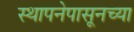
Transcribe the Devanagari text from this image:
स्थापनेपासूनच्या